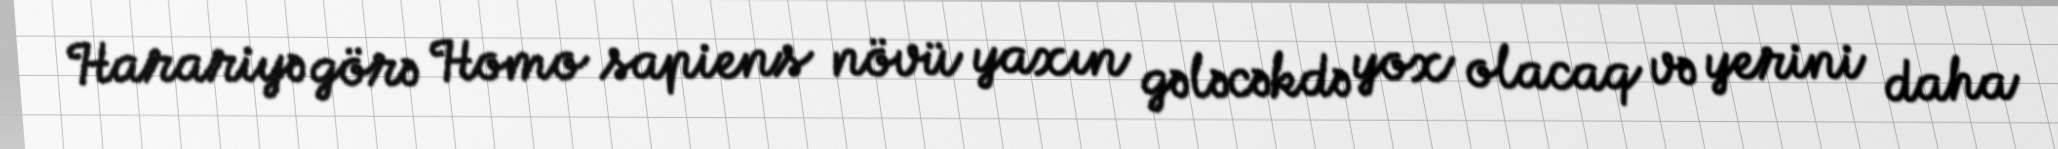
Harariyə görə Homo sapiens növü yaxın gələcəkdə yox olacaq və yerini daha